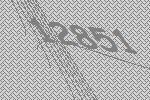
12851